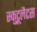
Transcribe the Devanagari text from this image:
स्कुटूलैटस